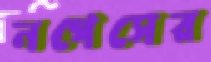
নগেসের